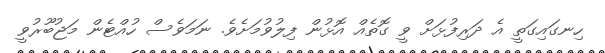
ހިނގައިގަތީ އެ ދަރިފުޅަށް ވީ ގޮތެއް އޮޅުން ފިލުވުމަށެވެ. ނަމަވެސް ހުއްޓެން މަޖުބޫރުވީ